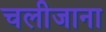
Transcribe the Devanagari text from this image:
चलीजाना